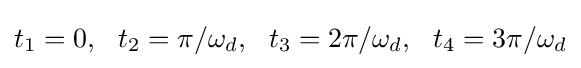
t_{1}=0,\ \ t_{2}=\pi /\omega _{d},\ \ t_{3}=2\pi /\omega _{d},\ \ t_{4}=3\pi /\omega _{d}